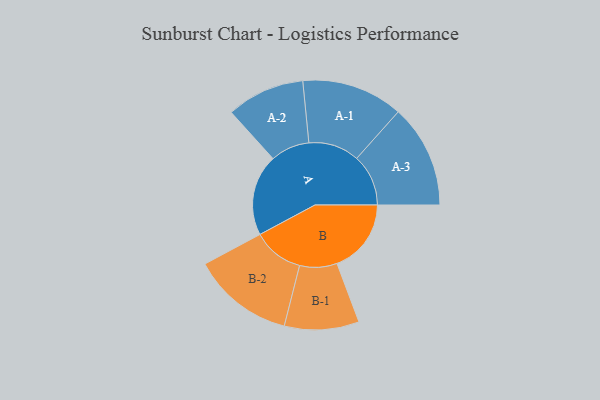
{"axis": {"x": "Segment", "y": "Value"}, "legend": ["", "A", "B"], "data": [{"x": "A", "y": 460, "type": ""}, {"x": "B", "y": 420, "type": ""}, {"x": "A-1", "y": 287, "type": "A"}, {"x": "A-2", "y": 221, "type": "A"}, {"x": "A-3", "y": 292, "type": "A"}, {"x": "B-1", "y": 211, "type": "B"}, {"x": "B-2", "y": 288, "type": "B"}]}